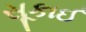
સૂકાઈ